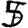
Digit: 5